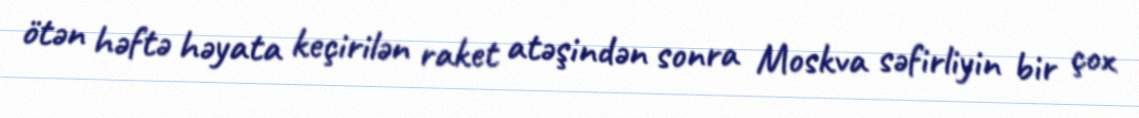
ötən həftə həyata keçirilən raket atəşindən sonra Moskva səfirliyin bir çox